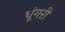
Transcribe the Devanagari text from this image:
धूंगरी